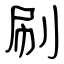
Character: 刷